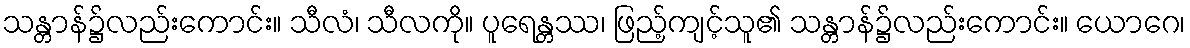
သန္တာန်၌လည်းကောင်း။ သီလံ၊ သီလကို။ ပူရေန္တဿ၊ ဖြည့်ကျင့်သူ၏ သန္တာန်၌လည်းကောင်း။ ယောဂေ၊